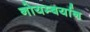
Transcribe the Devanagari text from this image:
नोयम्बर्यान